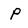
Character: p